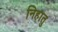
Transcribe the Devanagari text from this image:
निहातु